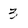
Character: 3